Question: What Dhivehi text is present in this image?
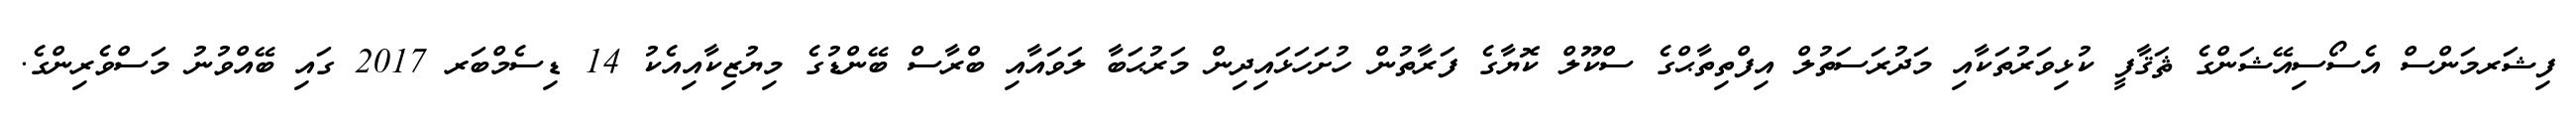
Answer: ފިޝަރމަންސް އެސޯސިއޭޝަންގެ ޘަޤާފީ ކުޅިވަރުތަކާއި މަދުރަސަތުލް އިފްތިތާޙްގެ ސްކޫލް ކޮޔާގެ ފަރާތުން ހުށަހަޅައިދިން މަރުޙަބާ ލަވައާއި ބްރާސް ބޭންޑުގެ މިޔުޒިކާއިއެކު 14 ޑިސެމްބަރ 2017 ގައި ބޭއްވުނު މަސްވެރިންގެ.